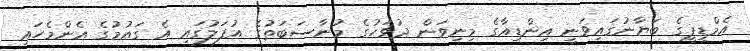
އެމްޑީޕީގެ ބަޔާނުގައިވަނީ އިންޑިއާގެ މިނިވަން ދުވަހުގެ މުނާސަބަތުގެ އުފަލުގައި އެ ގައުމުގެ އެންމެހައި